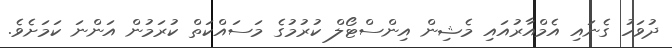
ދުވަހު ގެނައި އެމްއާރުއައި މެޝިން އިންސްޓޯލް ކުރުމުގެ މަސައްކަތް ކުރަމުން އަންނަ ކަމަށެވެ.